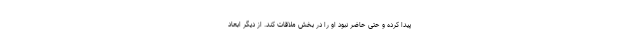
پیدا کرده و حتی حاضر نبود او را در بخش ملاقات کند. از دیگر ابعاد